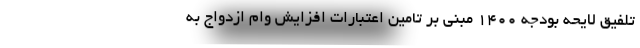
تلفیق لایحه بودجه ۱۴۰۰ مبنی بر تامین اعتبارات افزایش وام ازدواج به